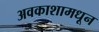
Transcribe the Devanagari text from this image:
अवकाशामधून